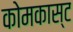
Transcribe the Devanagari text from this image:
कोमकास्ट